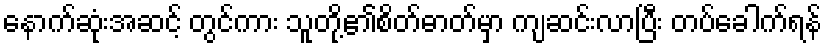
နောက်ဆုံးအဆင့် တွင်ကား သူတို့၏စိတ်ဓာတ်မှာ ကျဆင်းလာပြီး တပ်ခေါက်ရန်